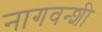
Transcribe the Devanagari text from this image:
नागवन्शी